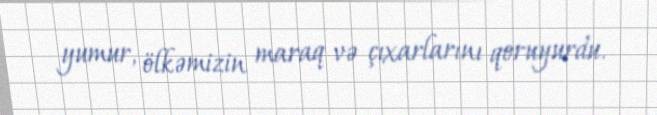
yumur, ölkəmizin maraq və çıxarlarını qoruyurdu.